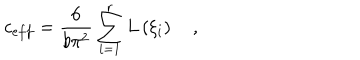
c _ { e f f } = \frac { 6 } { b \pi ^ { 2 } } \sum _ { i = 1 } ^ { r } L \left( \xi _ { i } \right) \quad ,